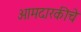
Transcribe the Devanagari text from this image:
आमदारकीचे